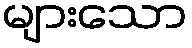
များသော